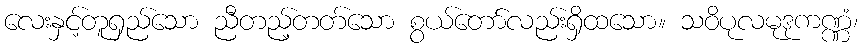
လေးနှင့်တူရှည်သော ညီတည့်တတ်သော စွယ်တော်လည်းရှိထသော။ သဝိပုလမုဒုကဏ္ဏံ၊